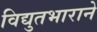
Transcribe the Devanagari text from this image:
विद्युतभाराने